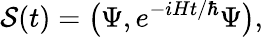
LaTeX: {\cal S}(t)=\big(\Psi,e^{-iHt/\hbar}\Psi\big),